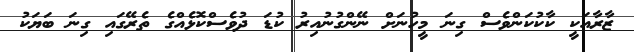
ޒާރާއަކީ ކާކުކަންވެސް ގިނަ މީހުނަށް ނޭންގުނުއިރު ކުޑަ ދުވެސްކޮޅެއްގެ ތެރޭގައި ގިނަ ބަޔަކު